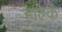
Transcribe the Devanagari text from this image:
हाल्कं